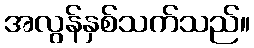
အလွန်နှစ်သက်သည်။